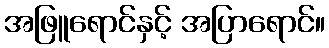
အဖြူရောင်နှင့် အပြာရောင်။